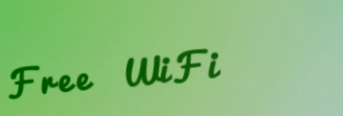
Free WiFi